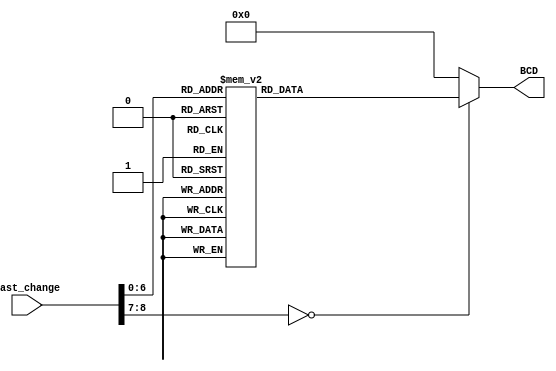
`timescale 1ns / 1ps
//////////////////////////////////////////////////////////////////////////////////
// Company: 
// Engineer: 
// 
// Design Name: 
// Module Name: Hexa_deci
// Project Name: 
// Target Devices: 
// Tool Versions: 
// Description: 
// 
// Dependencies: 
// 
// Revision:
// Revision 0.01 - File Created
// Additional Comments:
// 
//////////////////////////////////////////////////////////////////////////////////


module Hexa_deci(
    input [8:0] last_change,
    output reg [3:0] BCD
    );
    
    
     always@*
       begin
           case(last_change)
               8'H16,8'H69 : BCD = 4'd1;
               8'H1E,8'H72 : BCD = 4'd2;
               8'H26,8'H7A : BCD = 4'd3;
               8'H25,8'H6B : BCD = 4'd4;
               8'H2E,8'H73 : BCD = 4'd5;
               8'H36,8'H74 : BCD = 4'd6;
               8'H3D,8'H6C : BCD = 4'd7;
               8'H3E,8'H75 : BCD = 4'd8;
               8'H46,8'H7D : BCD = 4'd9;
               8'H45,8'H70 : BCD = 4'd0;
               8'H1C,8'H79 : BCD = 4'd10;
               8'H3A,8'H7C : BCD = 4'd11;
               8'H1B,8'H7B : BCD = 4'd12;
               8'H5A : BCD = 4'd15;
               default
               BCD = 4'd0;
            endcase
        end
endmodule